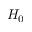
H _ { 0 }